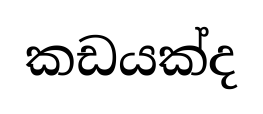
කඩයක්ද